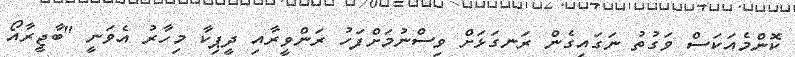
ކޮންމެއަކަސް ވަގުތު ނަގައިގެން ރަނގަޅަށް ވިސްނުމަށްފަހު ރަންވީރާއި ދީޕިކާ މިހާރު އެވަނީ "ބާޖީރާއޯ